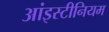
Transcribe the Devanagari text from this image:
आंइस्टीनियम